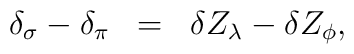
\begin{array}{rcl}\delta_{\sigma}-\delta_{\pi}&=&\delta Z_{\lambda}-\delta Z_{\phi},\end{array}